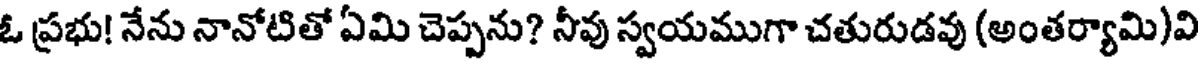
ఓ ప్రభు! నేను నానోటితో ఏమి చెప్పను? నీవు స్వయముగా చతురుడవు (అంతర్యామి)వి